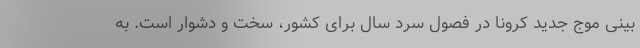
بینی موج جدید کرونا در فصول سرد سال برای کشور، سخت و دشوار است. به